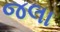
જલા